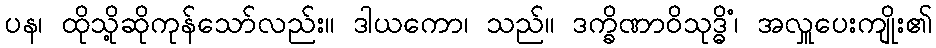
ပန၊ ထိုသို့ဆိုကုန်သော်လည်း။ ဒါယကော၊ သည်။ ဒက္ခိဏာဝိသုဒ္ဓိံ၊ အလှူပေးကျိုး၏